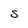
Character: S